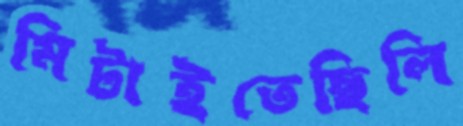
মিটাইতেছিলি